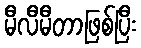
မီလီမီတာဖြစ်ပြီး